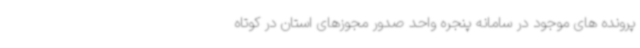
پرونده های موجود در سامانه پنجره واحد صدور مجوزهای استان در کوتاه